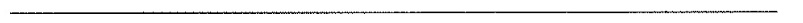
___